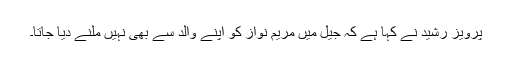
پرویز رشید نے کہا ہے کہ جیل میں مریم نواز کو اپنے والد سے بھی نہیں ملنے دیا جاتا۔